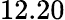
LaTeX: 12.20